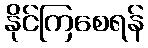
နိုင်ကြစေရန်